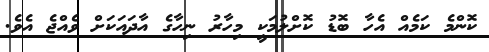
ކޮންމެ ކަމެއް އެހާ ބޮޑު ކޮށްލުމަކީ މިހާރު ނިހާގެ އާދައަކަށް ވެއްޖެ އެވެ.